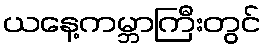
ယနေ့ကမ္ဘာကြီးတွင်